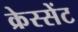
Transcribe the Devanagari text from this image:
क्रेस्सेंट